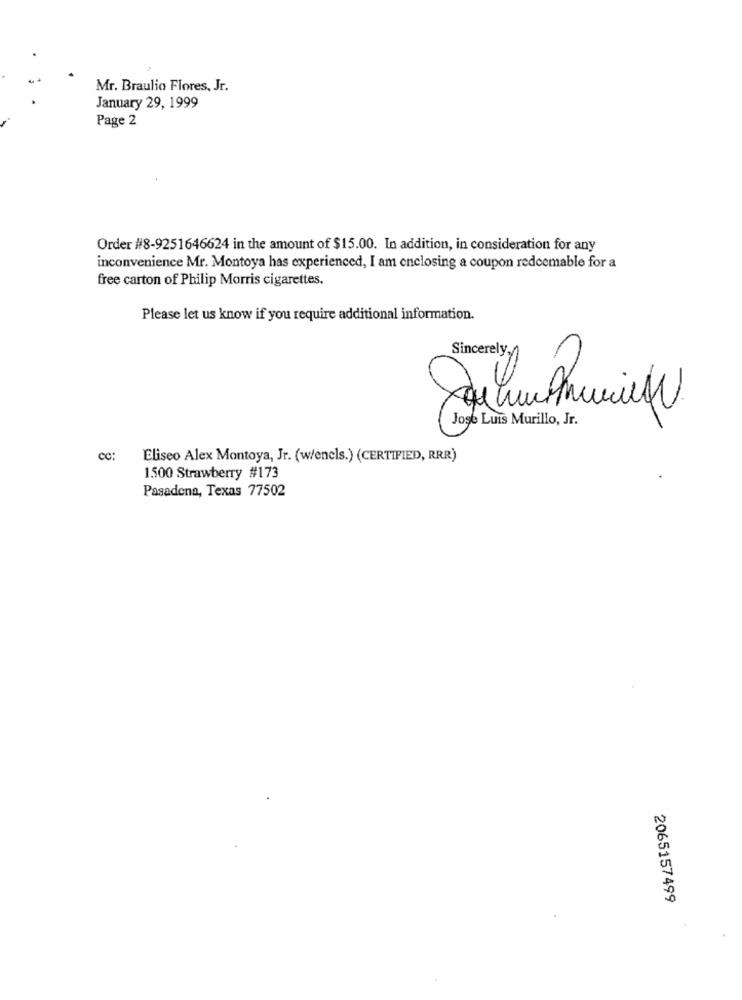
Mr. Braulio Flores, Jr.
January 29, 1999
Page 2
Order #8-9251646624 in the amount of $15.00. In addition, in consideration for any
inconvenience Mr. Montoya has experienced, I am enclosing a coupon redeemable for a
free carton of Philip Morris cigarettes.
Please let us know if you require additional information.
Sincerely,0
Jose Luis Murillo, Jr.
CC:
Eliseo Alex Montoya, Jr. (w/encls.) (CERTIFIED, RRR)
1.500 Strawberry #173
Pasadena, Texas 77502
2065157499